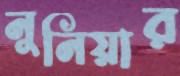
নুনিয়ার